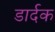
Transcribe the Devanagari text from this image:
डार्दक